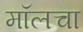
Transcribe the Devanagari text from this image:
मॉलचा